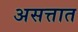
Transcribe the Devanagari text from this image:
असत्तात